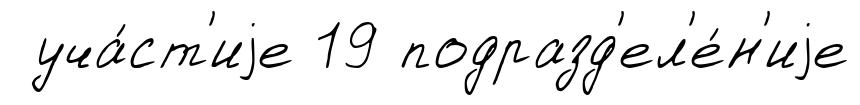
уча́ст'иjе 19 подразд'ел'е́н'иjе